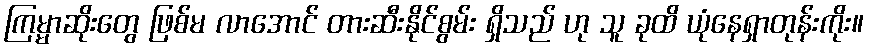
ကြမ္မာဆိုးတွေ ဖြစ်မ လာအောင် တားဆီးနိုင်စွမ်း ရှိသည် ဟု သူ ခုထိ ယုံနေရှာတုန်းကိုး။